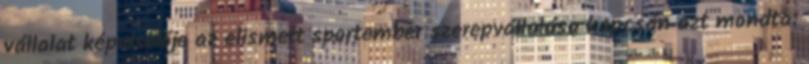
vállalat képviselője az elismert sportember szerepvállalása kapcsán azt mondta: